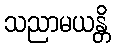
သညာမယန္တိ